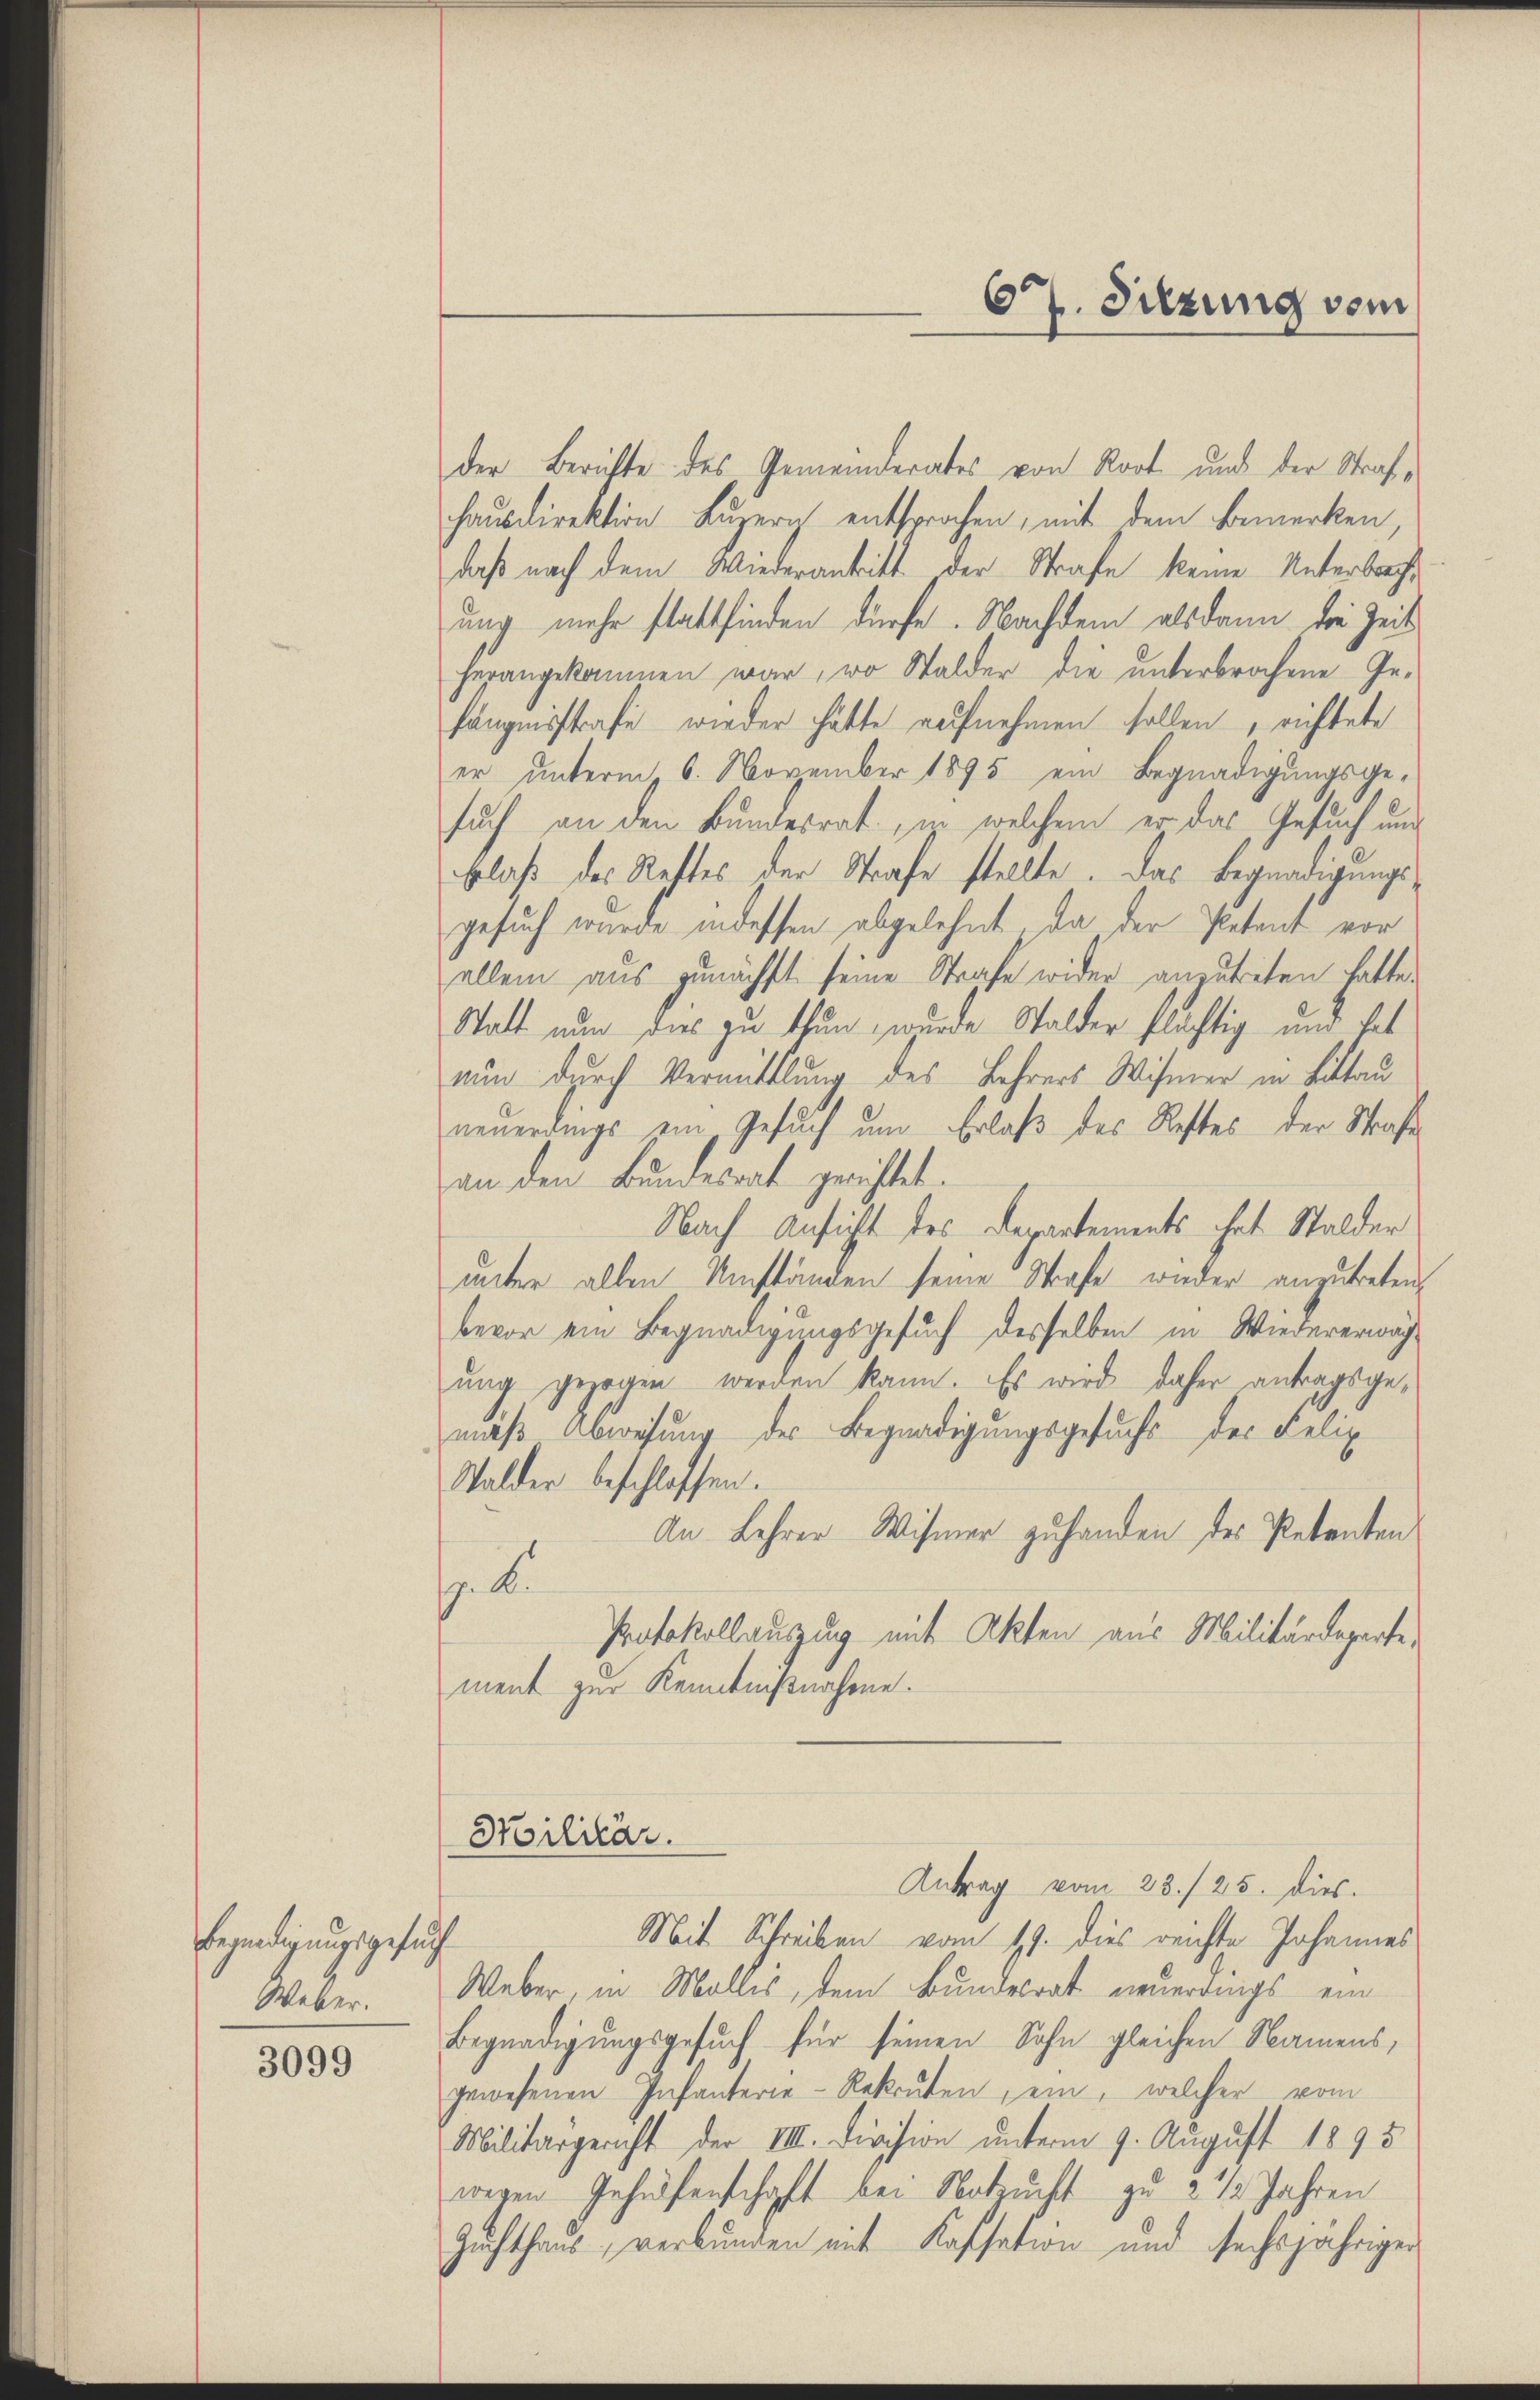
begendigungsgesuch
Weber.

3099

677. Sitzung vom

der Berichte des Gemeinderates von Rort und der Strafhausdirektion Luzern entsprochen, mit dem Bemerken,
daß nach dem Wiederantritt der Strafe keine Unterbracht
ung mehr stattfinden dürfe. Nachdem alsdann die Zeit
herangekommen war, wo Stalder die unterbrochene Ge-
fängnisstrafe wieder hätte aufnehmen sollen, richtete
er unterm 6. November 1895 ein Begnadigungsge-
such an den Bundesrat, in welchem er das Gesuch und
Erlaß des Restes der Strafe stellte. Das Begnadigungsgesuch wurde indessen abgelehnt, da der Petent vor
allein aus zunächst seine Strafe wider anzutreten hatte.
Statt nun dies zu thun, wurde Stalder flästig und hat
nun durch Vermittlung des Lehrers Wismer in Littau
neuerrings ein Gesuch um Erlaß des Restes der Strafe
an den Bundesrat gerichtet.
Nach Ansicht des Departements hat Stalder
unter allen Umständen seine Strafe wieder anzutreten,
bevor ein Begnadigungsgesuch desselben in Wiedererwähŭng gezogen werden kann. Es wird daher antragsge-
mäß Abweisung des Begnadigungsgesuchs des Felix
Stalder beschlossen.
An Lehrer Wismer zu handen des Petenten
. B.
Protokollauszug mit Akten aus Militärdeparte.
ment zur Kenntnißnahme.
Militär.
Antrag vom 23./25. dies
Mit Schreiben vom 19. dies reichte Johannes
Weber, in Mollis, dem Bundesrat neuerdings ein
Begnadigungsgesuch für seinen Sohn gleichen Namens,
gewesenen Infanterie-Rekruten, ein, welcher vom
Militärgericht der VIII. Division unterm 9. August 1895
wegen Gehülfenschaft bei Notzucht zu 2 1/2 Jahren
Zuchthaus, verbunden mit Kassation und sechsjährigen